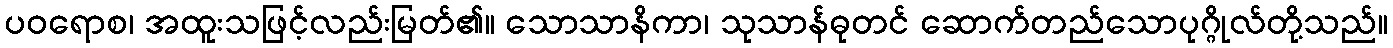
ပဝရောစ၊ အထူးသဖြင့်လည်းမြတ်၏။ သောသာနိကာ၊ သုသာန်ဓုတင် ဆောက်တည်သောပုဂ္ဂိုလ်တို့သည်။